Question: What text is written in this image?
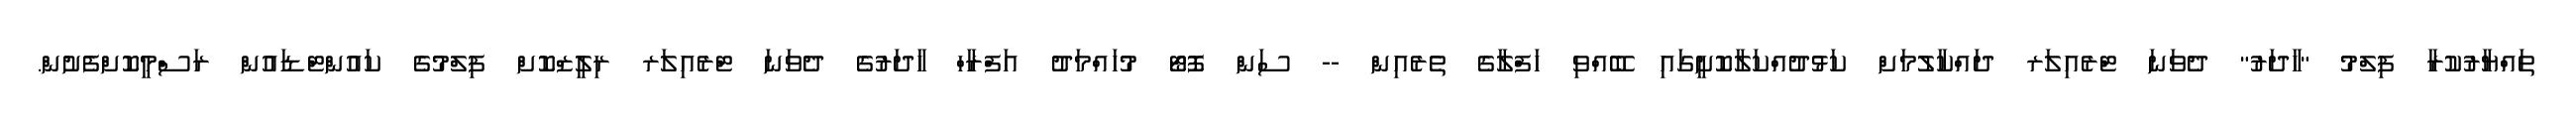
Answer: ތައްޔާރުކުރާ ފިލްމު "ހާދަރު" ދެވަނަ ޓްރެއިލަރ ދައްކާލުމަށް ކަޅުދުއްކަލާކޮށީގައި ބޭއްވި ހަފްލާގެ ތެރެއިން -- ސަން ފޮޓޯ މުހައްމަދު އަފްރާހް ހާދަރުގެ ދެވަނަ ޓްރެއިލަރ ރިލީޒްކޮށް ފިލްމުގެ ކައުންޓްޑައުން ރަސްމީކޮށްފެށުން.